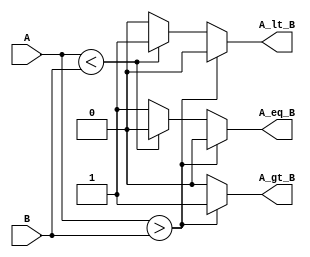
module ParameterizedComparator #(parameter N = 8) (
    input  [N-1:0] A,    // Input A
    input  [N-1:0] B,    // Input B
    output reg A_gt_B,    // Output: A greater than B
    output reg A_lt_B,    // Output: A less than B
    output reg A_eq_B     // Output: A equal to B
);

// Behavioral comparison logic
always @(*) begin
    // Initialize outputs to zero
    A_gt_B = 1'b0;
    A_lt_B = 1'b0;
    A_eq_B = 1'b0;

    // Compare A and B
    if (A > B) begin
        A_gt_B = 1'b1;
    end else if (A < B) begin
        A_lt_B = 1'b1;
    end else begin
        A_eq_B = 1'b1;
    end
end

endmodule